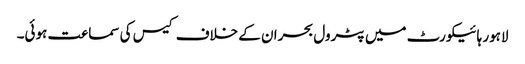
لاہور ہائیکورٹ میں پٹرول بحران کے خلاف کیس کی سماعت ہوئی۔